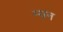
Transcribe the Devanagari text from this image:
म्यन